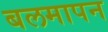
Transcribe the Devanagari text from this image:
बलमापन